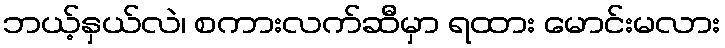
ဘယ့်နှယ်လဲ၊ စကားလက်ဆီမှာ ရထား မောင်းမလား